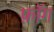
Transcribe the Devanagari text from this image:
फ़ॉग